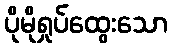
ပိုမိုရှုပ်ထွေးသော